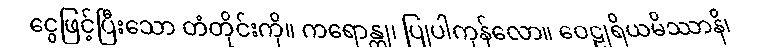
ငွေဖြင့်ပြီးသော တံတိုင်းကို။ ကရောန္တု၊ ပြုပါကုန်လော။ ဝေဠုရိယမိဿာနိ၊